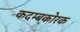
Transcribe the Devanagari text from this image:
कदम्बकोरक